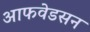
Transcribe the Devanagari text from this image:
आफवेडसन